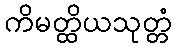
ကိမတ္ထိယသုတ္တံ